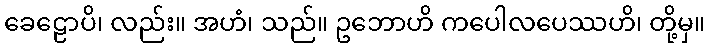
ခေဠောပိ၊ လည်း။ အဟံ၊ သည်။ ဥဘောဟိ ကပေါလပေဿဟိ၊ တို့မှ။